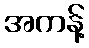
အကန့်